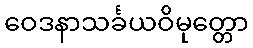
ဝေဒနာသင်္ခယဝိမုတ္တော